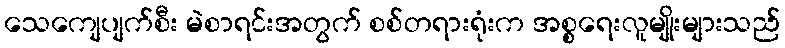
သေကျေပျက်စီး မဲစာရင်းအတွက် စစ်တရားရုံးက အစ္စရေးလူမျိုးများသည်